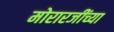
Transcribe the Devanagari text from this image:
मोरारजींच्या